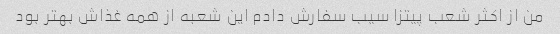
من از اکثر شعب پیتزا سیب سفارش دادم این شعبه از همه غذاش بهتر بود